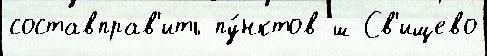
составправ'ить пу́нктов ш Св'ищево